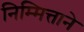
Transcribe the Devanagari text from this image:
निम्मित्ताने